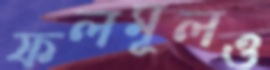
ফলমূলও